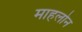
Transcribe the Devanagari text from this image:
माहलोन